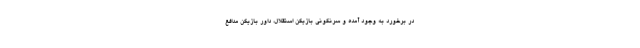
در برخورد به وجود آمده و سرنگونی بازیکن استقلال، داور بازیکن مدافع